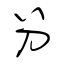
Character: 分